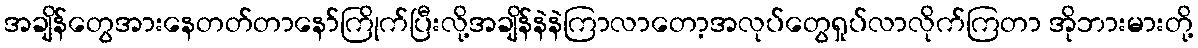
အချိန်တွေအားနေတတ်တာနော်ကြိုက်ပြီးလို့အချိန်နဲနဲကြာလာတော့အလုပ်တွေရှုပ်လာလိုက်ကြတာ အိုဘားမားတို့